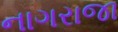
નાગરાજા